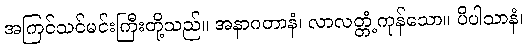
အကြင်သင်မင်းကြီးတို့သည်။ အနာဂတာနံ၊ လာလတ္တံ့ကုန်သော။ ပိပါသာနံ၊